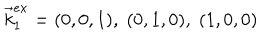
\vec { k } _ { 1 } ^ { e x } = ( 0 , 0 , 1 ) , \; ( 0 , 1 , 0 ) , \; ( 1 , 0 , 0 )